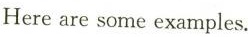
Here are some examples.